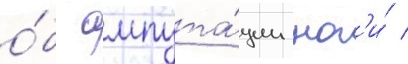
о́б ампута́ции ног'и́ /